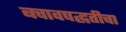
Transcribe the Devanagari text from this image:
बचावपद्धतीचा